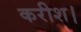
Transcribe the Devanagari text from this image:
करीश।